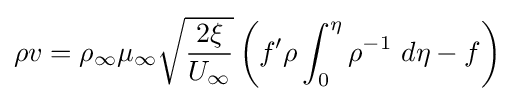
\rho v=\rho _{\infty }\mu _{\infty }{\sqrt {\frac {2\xi }{U_{\infty }}}}\left(f'\rho \int _{0}^{\eta }\rho ^{-1}\ d\eta -f\right)